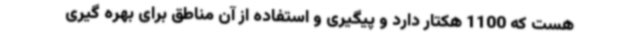
هست که 1100 هکتار دارد و پیگیری و استفاده‌ از آن مناطق برای بهره گیری